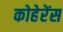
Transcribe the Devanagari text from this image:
कोहेरेंस